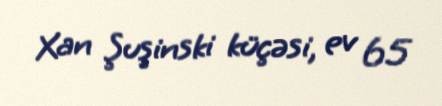
Xan Şuşinski küçəsi, ev 65